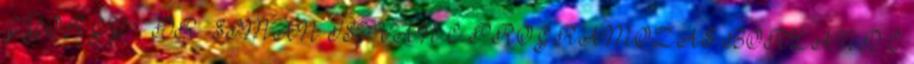
GYÖRGY – DR. SIMÁN ISTVÁN C PROGRAMOZÁS BORLAND C